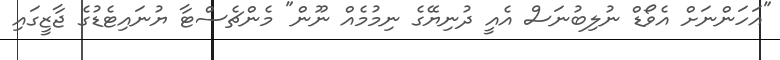
"އަހަންނަށް އެވޯޑް ނުލިބުނަސް އެއީ ދުނިޔޭގެ ނިމުމެއް ނޫން" މެންޗެސްޓާ ޔުނައިޓެޑުގެ ޖާޒީގައި